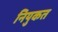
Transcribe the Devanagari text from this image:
नियुकत